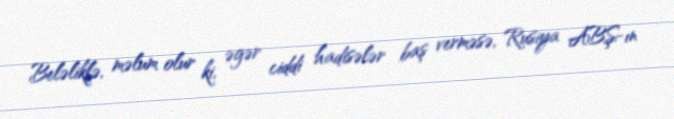
Beləliklə, məlum olur ki, əgər ciddi hadisələr baş verməsə, Rusiya ABŞ-ın